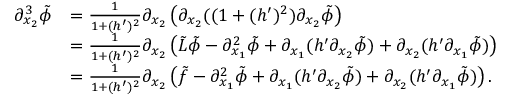
\begin{array} { r l } { \partial _ { x _ { 2 } } ^ { 3 } \tilde { \phi } } & { = \frac { 1 } { 1 + ( h ^ { \prime } ) ^ { 2 } } \partial _ { x _ { 2 } } \left( \partial _ { x _ { 2 } } ( ( 1 + ( h ^ { \prime } ) ^ { 2 } ) \partial _ { x _ { 2 } } \tilde { \phi } \right) } \\ & { = \frac { 1 } { 1 + ( h ^ { \prime } ) ^ { 2 } } \partial _ { x _ { 2 } } \left( \tilde { L } \tilde { \phi } - \partial _ { x _ { 1 } } ^ { 2 } \tilde { \phi } + \partial _ { x _ { 1 } } ( h ^ { \prime } \partial _ { x _ { 2 } } \tilde { \phi } ) + \partial _ { x _ { 2 } } ( h ^ { \prime } \partial _ { x _ { 1 } } \tilde { \phi } ) \right) } \\ & { = \frac { 1 } { 1 + ( h ^ { \prime } ) ^ { 2 } } \partial _ { x _ { 2 } } \left( \tilde { f } - \partial _ { x _ { 1 } } ^ { 2 } \tilde { \phi } + \partial _ { x _ { 1 } } ( h ^ { \prime } \partial _ { x _ { 2 } } \tilde { \phi } ) + \partial _ { x _ { 2 } } ( h ^ { \prime } \partial _ { x _ { 1 } } \tilde { \phi } ) \right) . } \end{array}